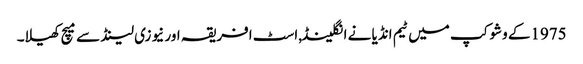
1975کے وشوکپ میں ٹیم انڈیا نے انگلینڈ,اسٹ افریقہ اور نیوزی لینڈ سے میچ کھیلا۔